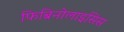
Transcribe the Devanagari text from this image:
फिब्रिनोलाइसिस